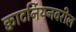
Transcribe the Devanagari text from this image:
क्वाटर्नियनवरील